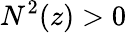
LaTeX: N^{2}(z)>0